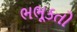
ભભૂકતો